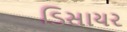
ડિસાયર